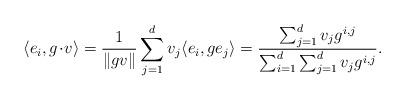
LaTeX: \begin{align*}\langle e_i, g\!\cdot\! v \rangle = \frac{1}{\|gv\|} \sum_{j=1}^d v_j \langle e_i, g e_j \rangle = \frac{ \sum_{j=1}^d v_j g^{i,j} }{ \sum_{i=1}^d \sum_{j=1}^d v_j g^{i,j} }.\end{align*}